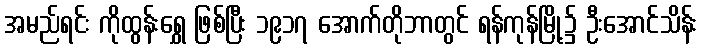
အမည်ရင်း ကိုထွန်းရွှေ ဖြစ်ပြီး ၁၉၁၇ အောက်တိုဘာတွင် ရန်ကုန်မြို့၌ ဦးအောင်သိန်း